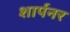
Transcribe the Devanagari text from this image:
शार्पनर